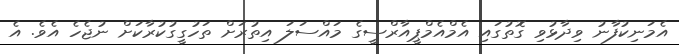
އެމަނިކުފާނު ވިދާޅުވި ގޮތުގައި އެމްއެމްޕީއާރްސީގެ މައްސަލަ އިތުރަށް ތަހުގީގުކުރާކަށް ނުޖެހެ އެވެ. އެ